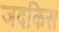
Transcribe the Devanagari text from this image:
जदकिस